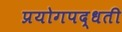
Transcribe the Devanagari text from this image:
प्रयोगपद्धती